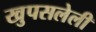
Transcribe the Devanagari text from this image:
खुपसलेली